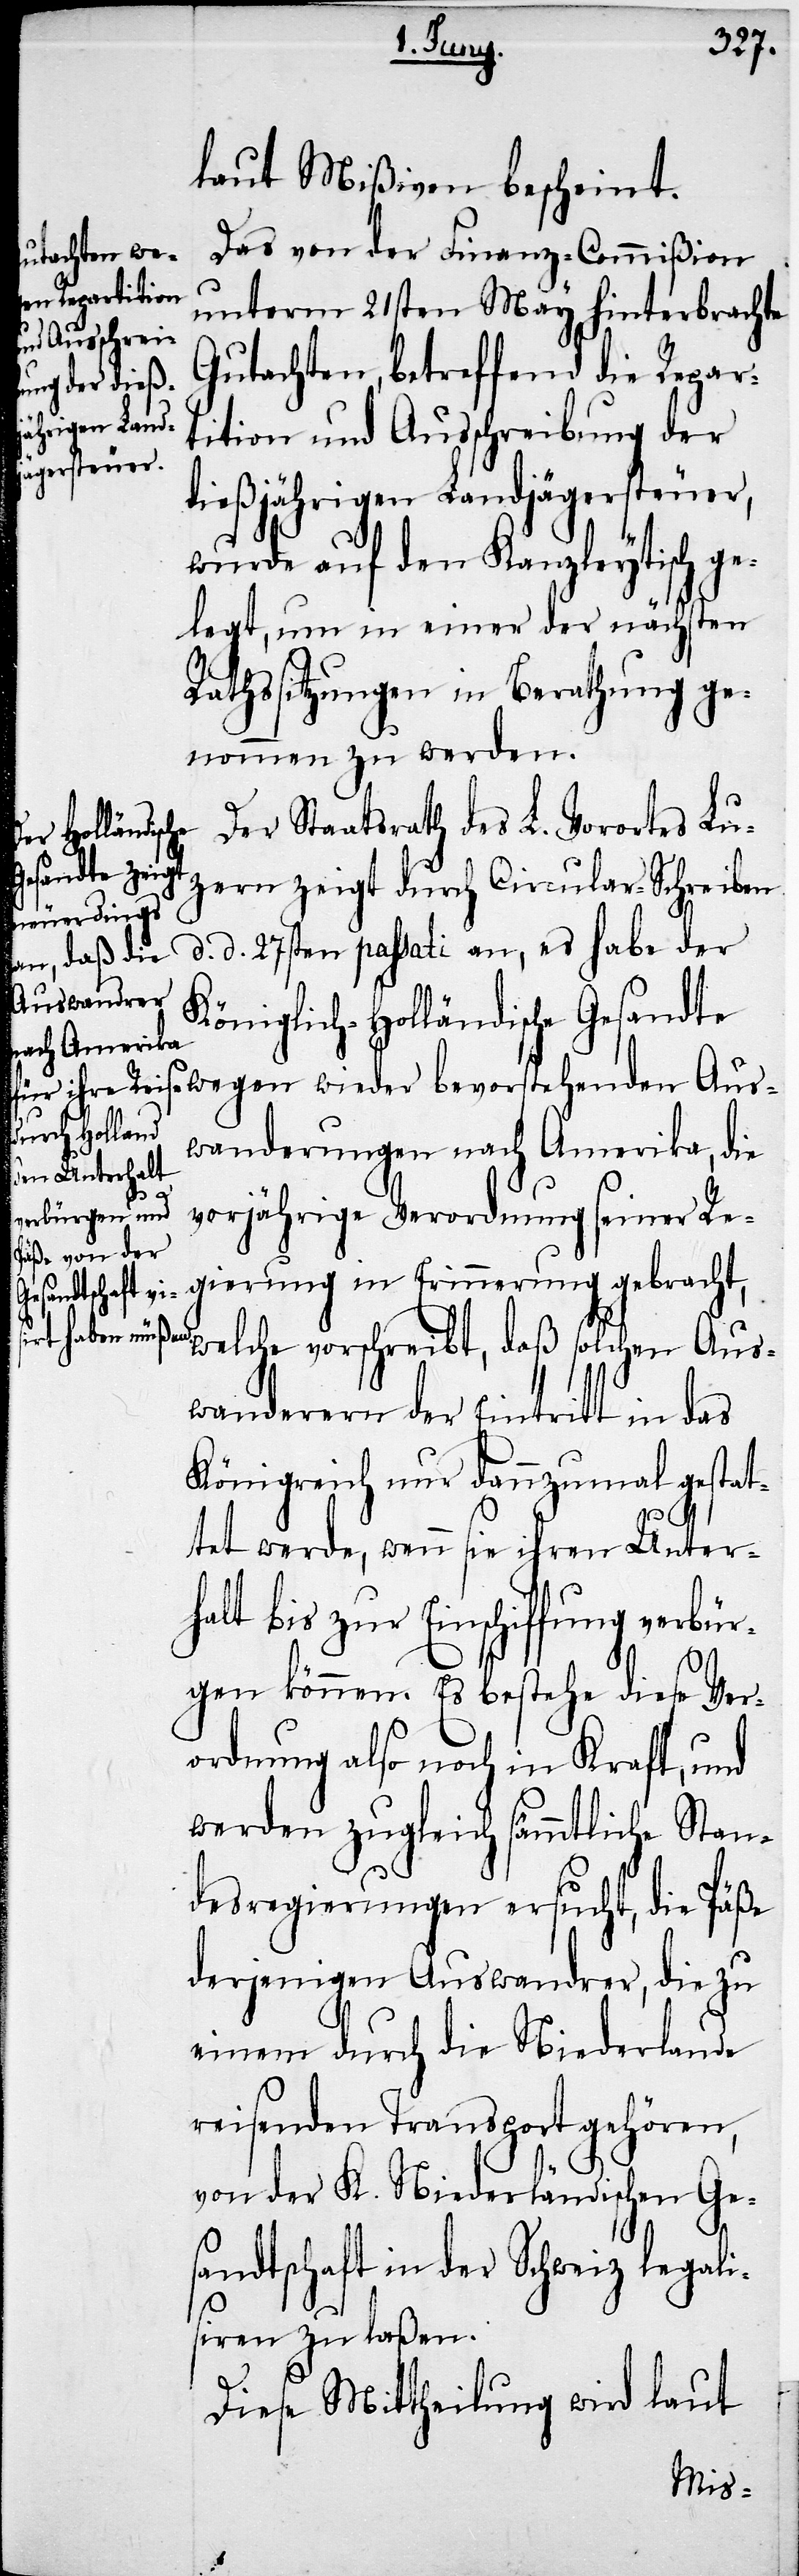
et wer¬
laut Mißiven bescheint.
Das von der Finanz-Commißion
unterm 21sten May hinterbrachte
Gutachten, betreffend die Repar¬
tition und Ausschreibung der
dießjährigen Landjägersteuer,
wurde auf den Kanzleytisch ge¬
legt, um in einer der nächsten
Rathssitzungen in Berathung ge¬
nommen zu werden.
Der Staatsrath des L. Vorotes Lu¬
zern zeigt durch Circular-Schreiben
d. d. 27sten passati an, es habe der
Königlich-Holländische Gesandt¬
e wegen wieder bevorstehenden Aus¬
wanderungen nach Amerika, die
vorjährige Verordnung seiner Re¬
gierung in Erinnerung gebracht,
welche vorschreibt, daß solchen Aus¬
wanderern der Eintritt in das
Königreich nur dannzumal gestatt¬
de, wenn sie ihren Unter¬
halt bis zur Einschiffung verbür¬
gen können. Es bestehe diese Ver¬
ordnung also noch in Kraft, und
werden zugleich sämmtliche Stan¬
desregierungen ersucht, die Päße
derjenigen Auswandrer, die zu
einem durch die Niederlande
reisenden Transport gehören,
von der K. Niederländischen Ge¬
sandtschaft in der Schweiz legali¬
siren zu laßen.
Diese Mittheilung wird laut